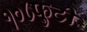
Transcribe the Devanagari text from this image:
१०८फुटी